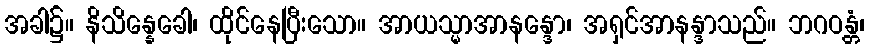
အခါ၌။ နိသိန္နေခေါ၊ ထိုင်နေပြီးသော။ အာယသ္မာအာနန္ဒော၊ အရှင်အာနန္ဒာသည်။ ဘဂဝန္တံ၊